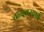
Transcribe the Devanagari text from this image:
चन्दबरदाई